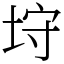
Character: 垨